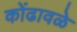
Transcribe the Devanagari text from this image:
कोंढावळे